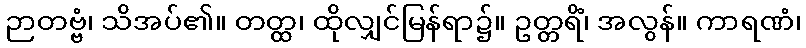
ဉာတဗ္ဗံ၊ သိအပ်၏။ တတ္ထ၊ ထိုလျှင်မြန်ရာ၌။ ဥတ္တရိံ၊ အလွန်။ ကာရဏံ၊